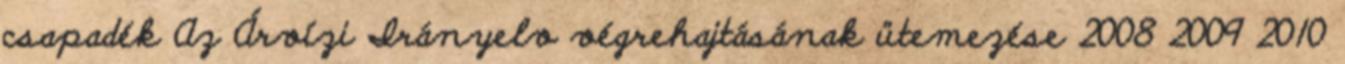
csapadék Az Árvízi Irányelv végrehajtásának ütemezése 2008 2009 2010